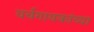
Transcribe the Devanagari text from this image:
चर्चगायकांच्या